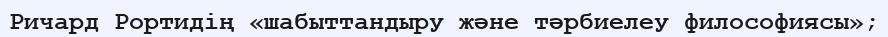
Ричард Рортидің «шабыттандыру және тәрбиелеу философиясы»;